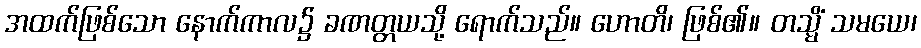
အထက်ဖြစ်သော နောက်ကာလ၌ ခဏတ္တယသို့ ရောက်သည်။ ဟောတိ၊ ဖြစ်၏။ တသ္မိံ သမယေ၊